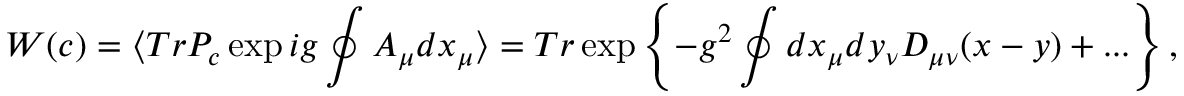
W ( c ) = \langle T r P _ { c } \exp i g \oint A _ { \mu } d x _ { \mu } \rangle = T r \exp \left\{ - g ^ { 2 } \oint d x _ { \mu } d y _ { \nu } D _ { \mu \nu } ( x - y ) + . . . \right\} ,